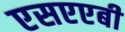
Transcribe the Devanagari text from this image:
एसएएबी